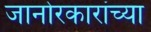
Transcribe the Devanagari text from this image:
जानोरकारांच्या